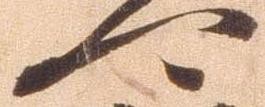
可